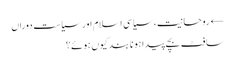
← روحانیت، سیاسی اسلام اور سیاستِ دوراں
سافٹ بچے پیدا ہونا بند کیوں ہوئے؟